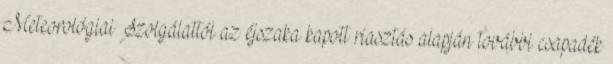
Meteorológiai Szolgálattól az éjszaka kapott riasztás alapján további csapadék